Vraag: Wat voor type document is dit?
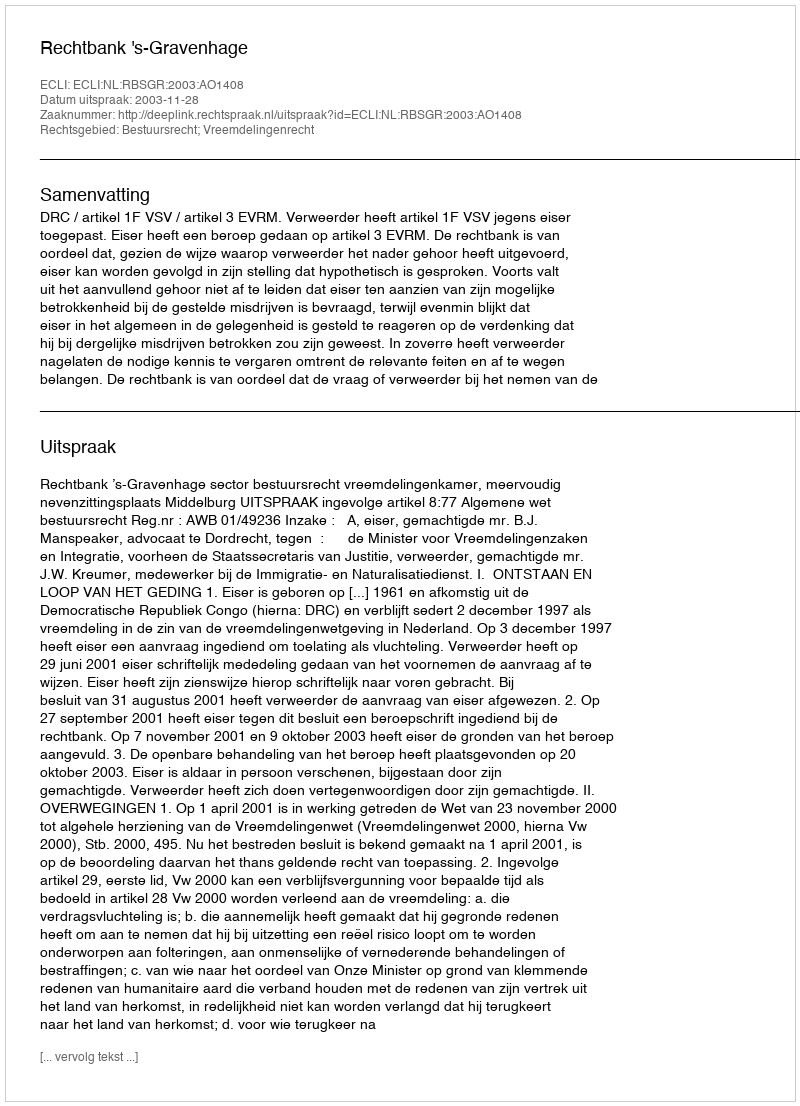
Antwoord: Uitspraak